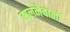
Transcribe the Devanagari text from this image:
बालनेवालों